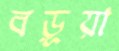
বড়ূয়া